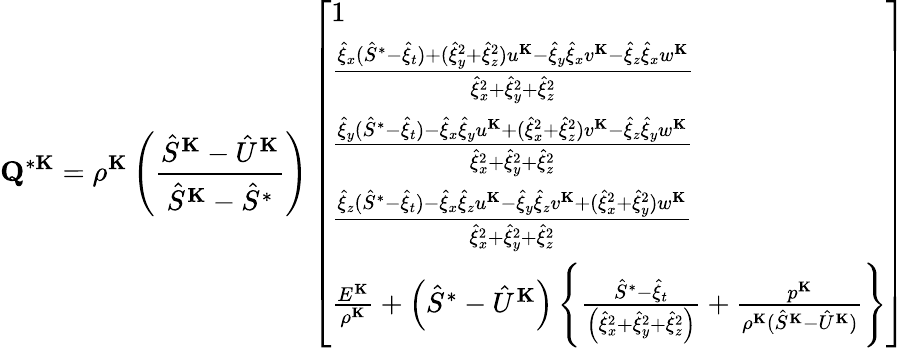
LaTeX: \mathbf{Q}^{*\mathbf{K}}=\rho^{\mathbf{K}}\left(\frac{\hat{S}^{\mathbf{K}}-\hat{U}^{\mathbf{K}}}{\hat{S}^{\mathbf{K}}-\hat{S}^{*}}\right)\left[\begin{array}{l}{1}\\ {\frac{\hat{\xi}_{x}(\hat{S}^{*}-\hat{\xi}_{t})+(\hat{\xi}_{y}^{2}+\hat{\xi}_{z}^{2})u^{\mathbf{K}}-\hat{\xi}_{y}\hat{\xi}_{x}v^{\mathbf{K}}-\hat{\xi}_{z}\hat{\xi}_{x}w^{\mathbf{K}}}{\hat{\xi}_{x}^{2}+\hat{\xi}_{y}^{2}+\hat{\xi}_{z}^{2}}}\\ {\frac{\hat{\xi}_{y}(\hat{S}^{*}-\hat{\xi}_{t})-\hat{\xi}_{x}\hat{\xi}_{y}u^{\mathbf{K}}+(\hat{\xi}_{x}^{2}+\hat{\xi}_{z}^{2})v^{\mathbf{K}}-\hat{\xi}_{z}\hat{\xi}_{y}w^{\mathbf{K}}}{\hat{\xi}_{x}^{2}+\hat{\xi}_{y}^{2}+\hat{\xi}_{z}^{2}}}\\ {\frac{\hat{\xi}_{z}(\hat{S}^{*}-\hat{\xi}_{t})-\hat{\xi}_{x}\hat{\xi}_{z}u^{\mathbf{K}}-\hat{\xi}_{y}\hat{\xi}_{z}v^{\mathbf{K}}+(\hat{\xi}_{x}^{2}+\hat{\xi}_{y}^{2})w^{\mathbf{K}}}{\hat{\xi}_{x}^{2}+\hat{\xi}_{y}^{2}+\hat{\xi}_{z}^{2}}}\\ {\frac{E^{\mathbf{K}}}{\rho^{\mathbf{K}}}+\left(\hat{S}^{*}-\hat{U}^{\mathbf{K}}\right)\left\{ \frac{\hat{S}^{*}-\hat{\xi}_{t}}{\left(\hat{\xi}_{x}^{2}+\hat{\xi}_{y}^{2}+\hat{\xi}_{z}^{2}\right)}+\frac{p^{\mathbf{K}}}{\rho^{\mathbf{K}}(\hat{S}^{\mathbf{K}}-\hat{U}^{\mathbf{K}})}\right\} }\end{array}\right]